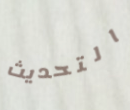
التحديث